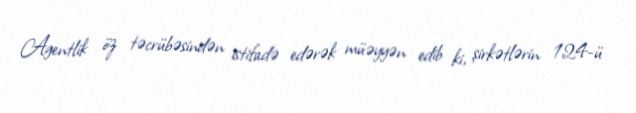
Agentlik öz təcrübəsindən istifadə edərək müəyyən edib ki, şirkətlərin 124-ü